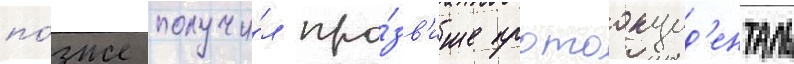
по́зже получи́л про́зв'ище протоокцид'енталь